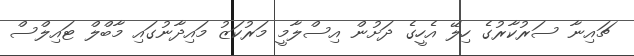
ޗައިނާ ސަރުކާރުގެ ހިލޭ އެހީގެ ދަށުން އިސްލާމީ މަރުކަޒު މައިދާނުގައި މާބްލް ޓައިލްސް